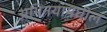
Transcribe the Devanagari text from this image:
अभिनयामधील